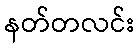
နတ်တလင်း